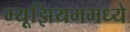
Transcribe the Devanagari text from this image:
म्यूझियममध्ये